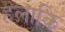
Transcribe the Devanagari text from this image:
हंलाकि